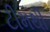
ટીમથી